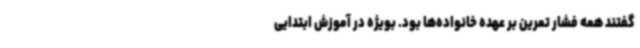
گفتند همه فشار تمرین بر عهده خانواده‌ها بود. بویژه در آموزش ابتدایی